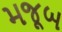
મજૂબ